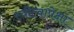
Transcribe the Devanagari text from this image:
स्त्रीत्वापेक्षा